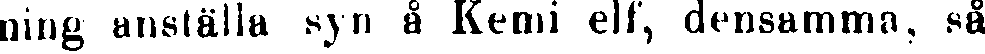
ning anställa syn å Kemi elf, densamma, så